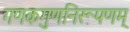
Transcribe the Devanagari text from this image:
गणकगुणनिरूपणम्